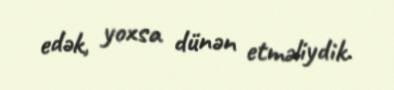
edək, yoxsa dünən etməliydik.